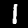
Digit: 1